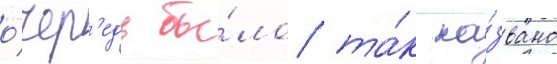
о́чер'едь бы́ло та́к на́звано